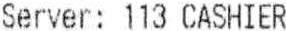
SERVER: 113 CASHIER